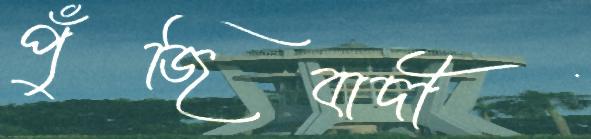
পুঁজিবাদী